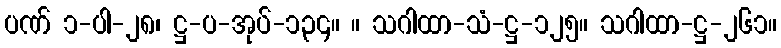
ပဏ် ၁-ပါ-၂၈၊ ဋ္ဌ-ပ-အုပ်-၁၃၄။ ။ သဂါထာ-သံ-ဋ္ဌ-၁၂၅။ သဂါထာ-ဋ္ဌ-၂၆၁။